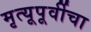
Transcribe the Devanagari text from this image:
मृत्यूपूर्वीचा